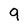
Character: 9